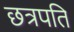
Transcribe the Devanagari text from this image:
छत्रपति